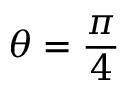
\theta = { \frac { \pi } { 4 } }